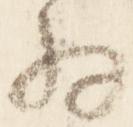
将